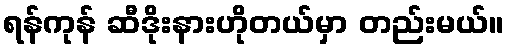
ရန်ကုန် ဆီဒိုးနားဟိုတယ်မှာ တည်းမယ်။